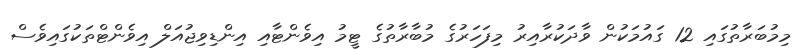
މިމުބަރާތުގައި 12 ގައުމަކުން ވާދަކުރާއިރު މިފަހަރުގެ މުބާރާތުގެ ޓީމު އިވެންޓާއި އިންޑިވިޖުއަލް އިވެންޓްތަކުގައިވެސް